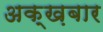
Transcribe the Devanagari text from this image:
अक्ख़बार